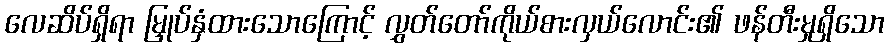
လေဆိပ်ရှိရာ မြှုပ်နှံထားသောကြောင့် လွှတ်တော်ကိုယ်စားလှယ်လောင်း၏ ဖန်တီးမှုရှိသော